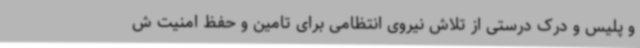
و پلیس و درک درستی از تلاش نیروی انتظامی برای تامین و حفظ امنیت ش